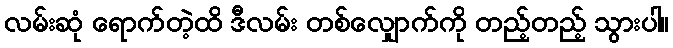
လမ်းဆုံ ရောက်တဲ့ထိ ဒီလမ်း တစ်လျှောက်ကို တည့်တည့် သွားပါ။